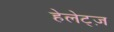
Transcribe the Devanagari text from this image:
हेलेट्ज़